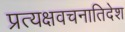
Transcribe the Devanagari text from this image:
प्रत्यक्षवचनातिदेश